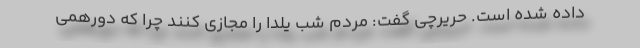
داده شده است. حریرچی گفت: مردم شب یلدا را مجازی کنند چرا که دورهمی